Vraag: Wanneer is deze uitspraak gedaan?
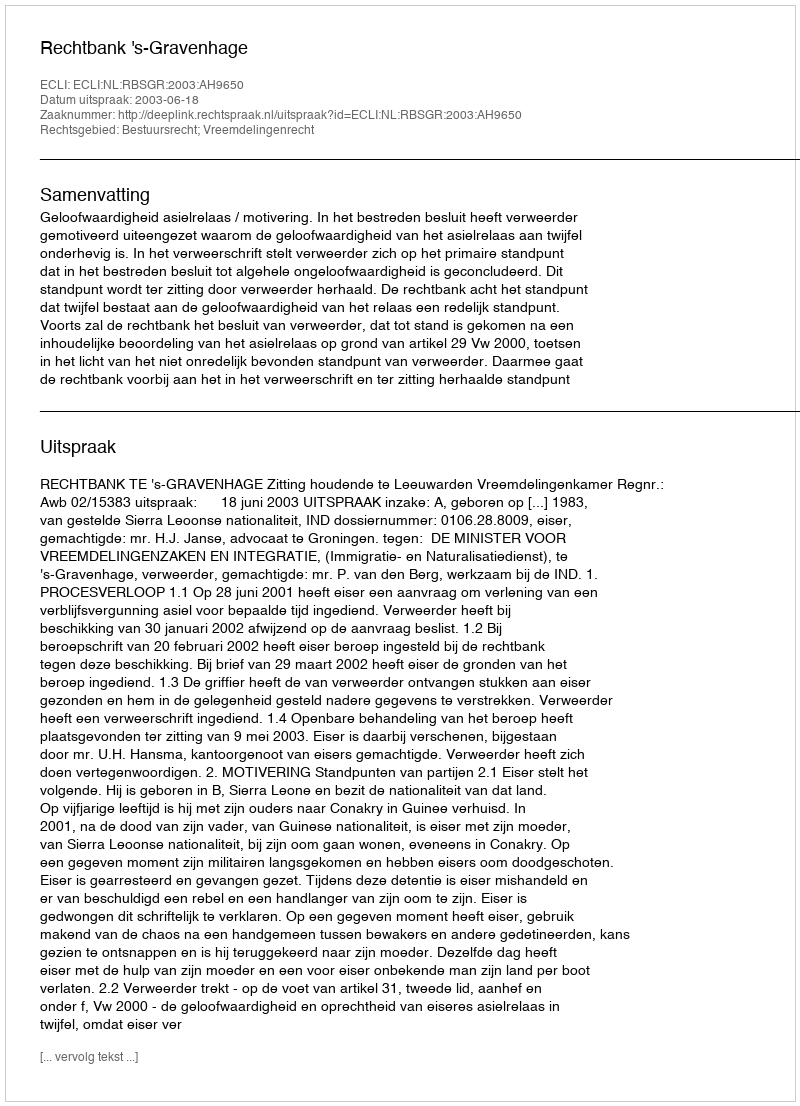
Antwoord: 2003-06-18